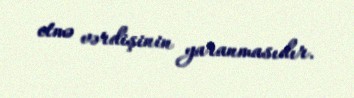
etmə vərdişinin yaranmasıdır.